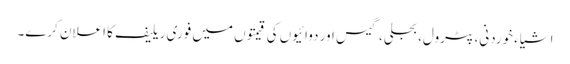
اشیاء خوردنی، پٹرول، بجلی، گیس اور دوائیوں کی قیمتوں میں فوری ریلیف کا اعلان کرے۔